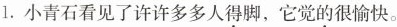
1. 小青石看见了许许多多人得脚，它觉的很愉快。